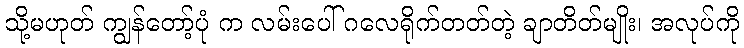
သို့မဟုတ် ကျွန်တော့်ပုံ က လမ်းပေါ် ဂလေရိုက်တတ်တဲ့ ချာတိတ်မျိုး၊ အလုပ်ကို